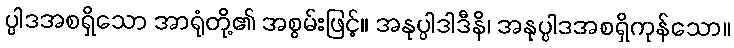
ပ္ပါဒအစရှိသော အာရုံတို့၏ အစွမ်းဖြင့်။ အနုပ္ပါဒါဒီနိ၊ အနုပ္ပါဒအစရှိကုန်သော။